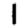
Digit: 1